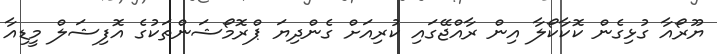
ޔޫރޯއާ ގުޅިގެން ކޮކާކޯލާ އިން ރާއްޖޭގައި ކުރިއަށް ގެންދިޔަ ޕްރޮމޯޝަންތަކުގެ އޮފިޝަލް މީޑިއާ